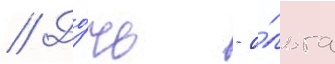
// До́чь - о́льга